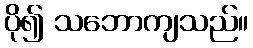
ပို၍ သဘောကျသည်။